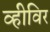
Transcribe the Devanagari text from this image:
व्हीविर